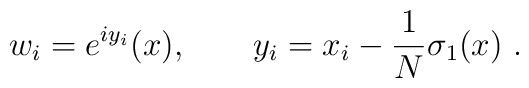
w_i  =  e^{iy_i} (x) , \qquad y_i = x_i  -  \frac1N \sigma_1 (x) \ .